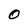
Character: 0